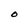
Character: O